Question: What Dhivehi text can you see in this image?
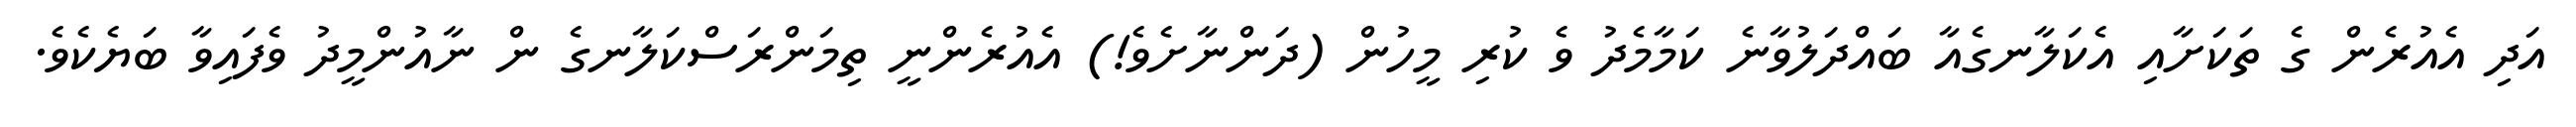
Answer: އަދި އެއުރެން ގެ ތަކަށާއި އެކަލާނގެއާ ބައްދަލުވާނެ ކަމާމެދު ވެ ކުރި މީހުން (ދަންނާށެވެ!) އެއުރެންނީ ތިމަންރަސްކަލާނގެ ން ނާއުންމީދު ވެފައިވާ ބަޔެކެވެ.